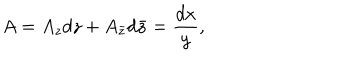
A = A _ { z } d z + A _ { \bar { z } } d \bar { z } = { \frac { d x } { y } } ,